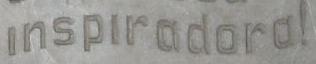
inspiradora!